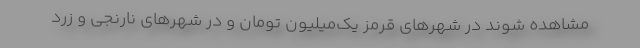
مشاهده شوند در شهرهای قرمز یک‌میلیون تومان و در شهرهای نارنجی و زرد